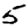
Digit: 5